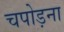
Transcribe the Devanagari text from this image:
चपोड़ना